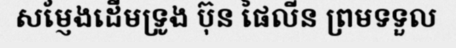
សម្ញែងដើមទ្រូង ប៊ុន ផៃលីន ព្រមទទួល